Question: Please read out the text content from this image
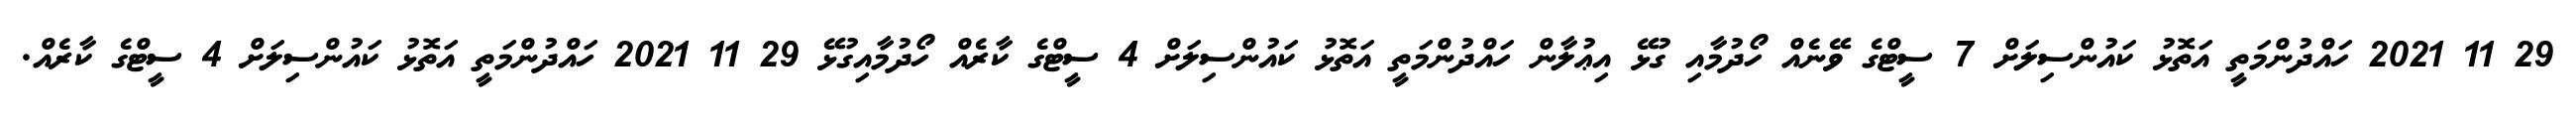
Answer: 29 11 2021 ހައްދުންމަތީ އަތޮޅު ކައުންސިލަށް 7 ސީޓްގެ ވޭނެއް ހޯދުމާއި ގުޅޭ އިޢުލާން ހައްދުންމަތީ އަތޮޅު ކައުންސިލަށް 4 ސީޓްގެ ކާރެއް ހޯދުމާއިގުޅޭ 29 11 2021 ހައްދުންމަތީ އަތޮޅު ކައުންސިލަށް 4 ސީޓްގެ ކާރެއް.